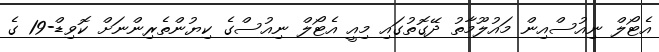
އެޓޯލް ނިއުސްއިން މައުލޫމާތު ދޭގޮތުގައި މިއީ އެޓޯލް ނިއުސްގެ ކިޔުންތެރިންނަށް ކޮވިޑް-19 ގެ